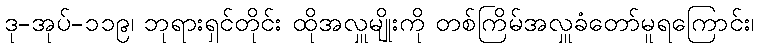
ဒု-အုပ်-၁၁၉၊ ဘုရားရှင်တိုင်း ထိုအလှူမျိုးကို တစ်ကြိမ်အလှူခံတော်မူရကြောင်း၊